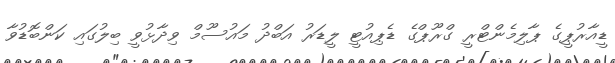
ޑީއާރުޕީގެ ޕާލިމެންޓްރީ ގްރޫޕްގެ ޑެޕިއުޓީ ލީޑަރު އަބްދު މައުސޫމް ވިދާޅުވީ ބިލުގައި ކަންބޮޑުވާ